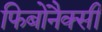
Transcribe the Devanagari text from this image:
फिबोनैक्सी